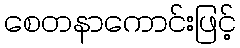
စေတနာကောင်းဖြင့်